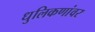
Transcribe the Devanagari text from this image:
धुलिकणांवर